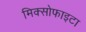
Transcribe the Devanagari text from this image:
मिक्सोफाइटा